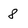
Character: 8